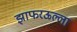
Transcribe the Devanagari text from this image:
झाफरऊल्ला